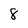
Character: 8